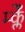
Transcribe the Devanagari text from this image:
म्क्लेँ